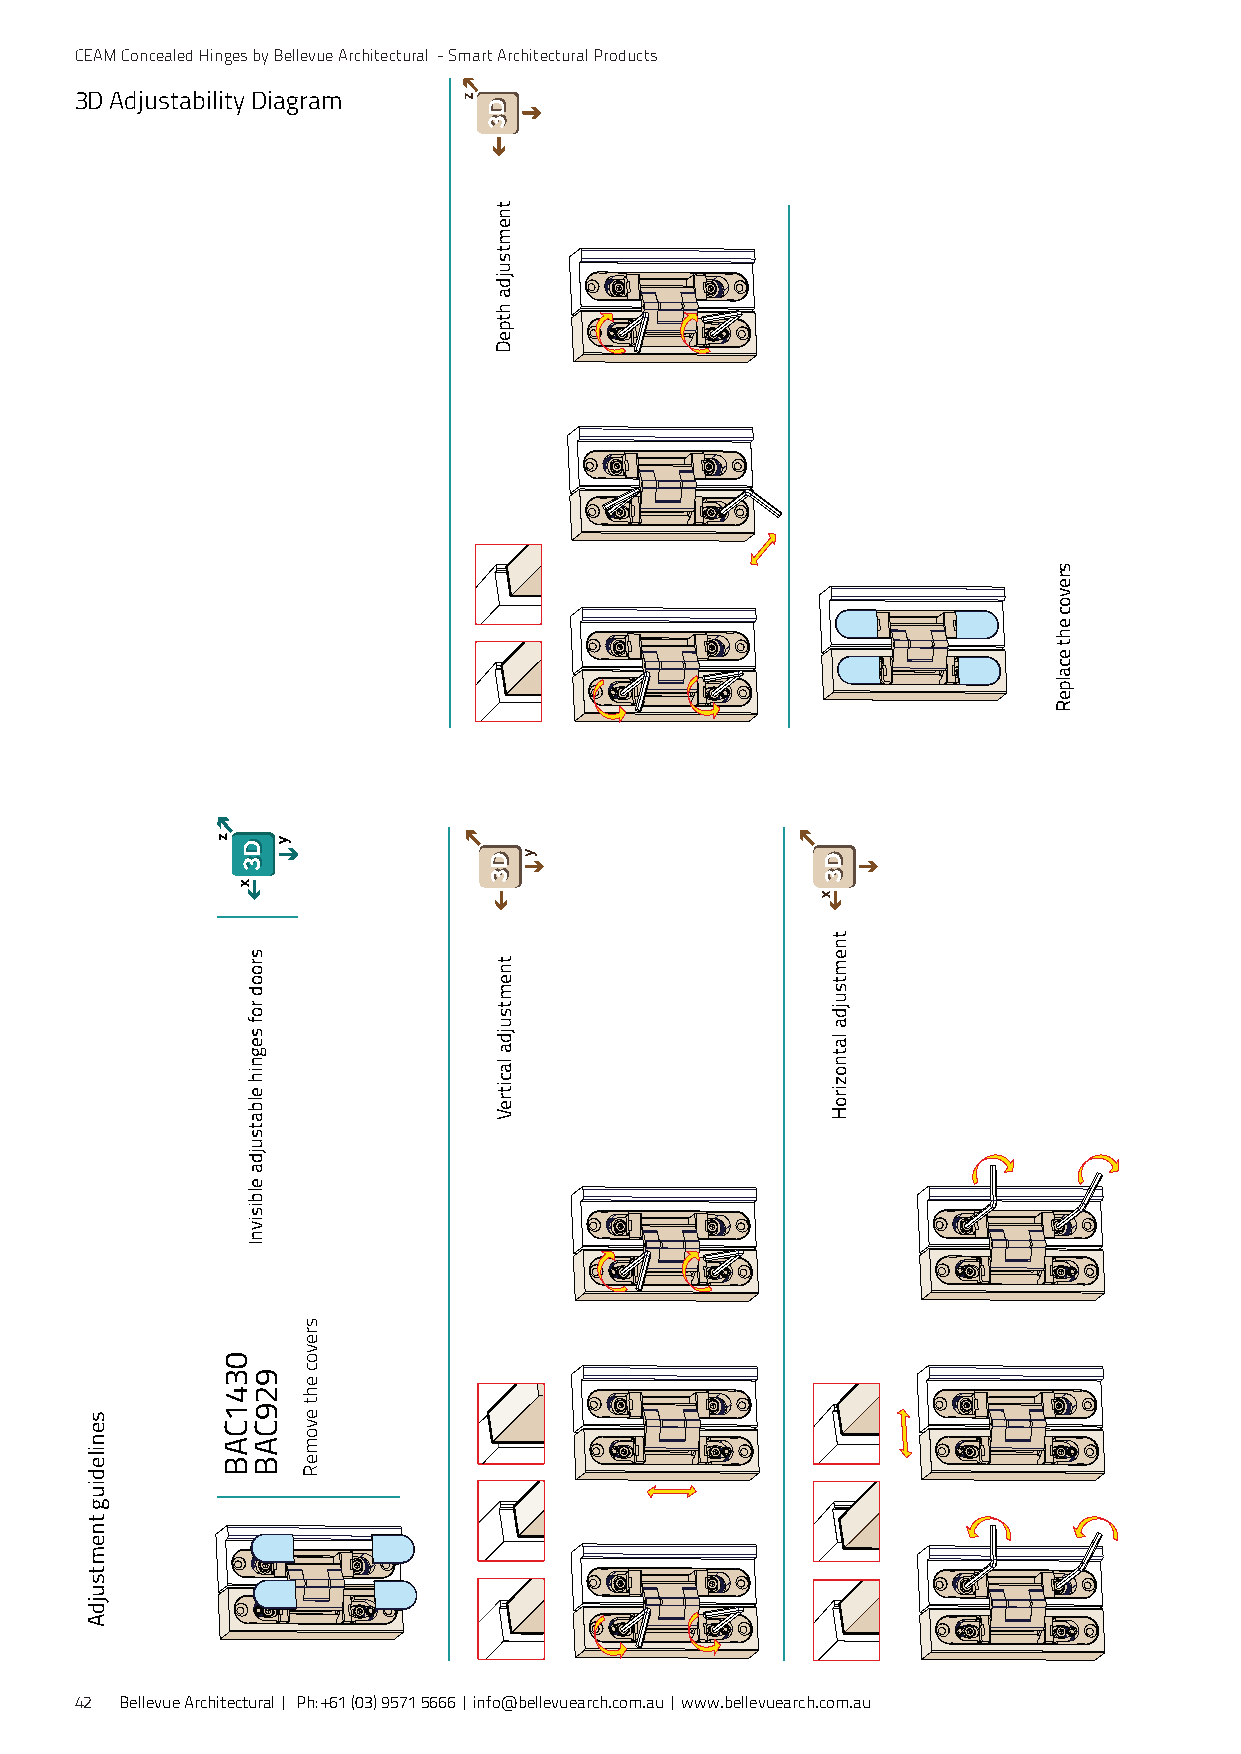
CEAM Concealed Hinges by Bellevue Architectural - Smart Architectural Products
 3D Adjustability Diagram
 42 Bellevue Architectural | Ph: +61 (03) 9571 5666 | info@bellevuearch.com.au | www.bellevuearch.com.au
 senilediug
 tnemtsujdA
 0341CAB
 srood
 rof
 segnih
 elbatsujda
 elbisivnI
 929CAB
 srevoc
 eht
 evomeR
 tnemtsujda
 htpeD
 tnemtsujda
 lacitreV
 tnemtsujda
 latnoziroH
 srevoc
 eht
 ecalpeR